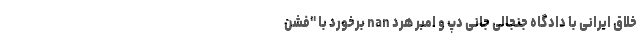
خلاق ایرانی با دادگاه جنجالی جانی دپ و امبر هرد nan برخورد با "فشن